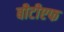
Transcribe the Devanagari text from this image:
बीटीएफ